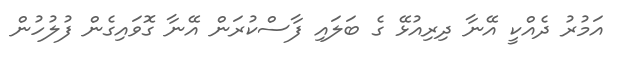
އަމުރު ދެއްކީ އޭނާ ދިރިއުޅޭ ގެ ބަލައި ފާސްކުރަން އޭނާ ގޮވައިގެން ފުލުހުން